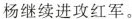
杨继续进攻红军。